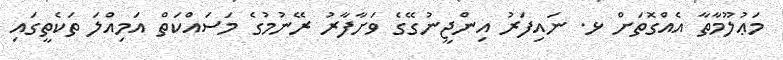
މަޢުލޫމާތާ އެއްގޮތަށް ޅ. ނައިފަރު އިންޖީނުގޭގެ ވަށާފާރު ރޭނުމުގެ މަސައްކަތް އަމިއްލަ ތަކެތީގައި